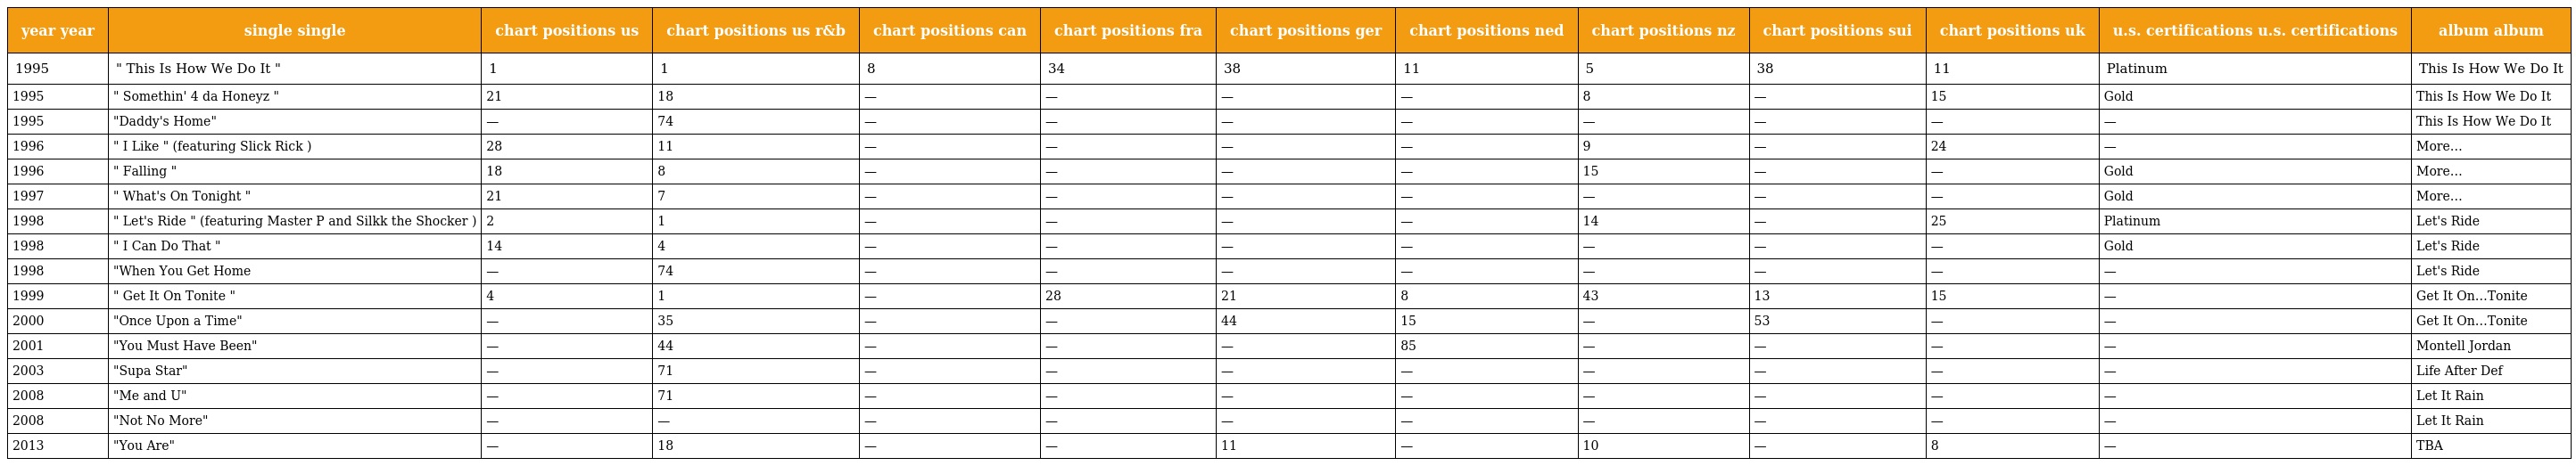
| year year | single single | chart positions us | chart positions us r&b | chart positions can | chart positions fra | chart positions ger | chart positions ned | chart positions nz | chart positions sui | chart positions uk | u.s. certifications u.s. certifications | album album |
 | --- | --- | --- | --- | --- | --- | --- | --- | --- | --- | --- | --- | --- |
 | 1995 | " This Is How We Do It " | 1 | 1 | 8 | 34 | 38 | 11 | 5 | 38 | 11 | Platinum | This Is How We Do It |
 | 1995 | " Somethin' 4 da Honeyz " | 21 | 18 | — | — | — | — | 8 | — | 15 | Gold | This Is How We Do It |
 | 1995 | "Daddy's Home" | — | 74 | — | — | — | — | — | — | — | — | This Is How We Do It |
 | 1996 | " I Like " (featuring Slick Rick ) | 28 | 11 | — | — | — | — | 9 | — | 24 | — | More… |
 | 1996 | " Falling " | 18 | 8 | — | — | — | — | 15 | — | — | Gold | More… |
 | 1997 | " What's On Tonight " | 21 | 7 | — | — | — | — | — | — | — | Gold | More… |
 | 1998 | " Let's Ride " (featuring Master P and Silkk the Shocker ) | 2 | 1 | — | — | — | — | 14 | — | 25 | Platinum | Let's Ride |
 | 1998 | " I Can Do That " | 14 | 4 | — | — | — | — | — | — | — | Gold | Let's Ride |
 | 1998 | "When You Get Home | — | 74 | — | — | — | — | — | — | — | — | Let's Ride |
 | 1999 | " Get It On Tonite " | 4 | 1 | — | 28 | 21 | 8 | 43 | 13 | 15 | — | Get It On…Tonite |
 | 2000 | "Once Upon a Time" | — | 35 | — | — | 44 | 15 | — | 53 | — | — | Get It On…Tonite |
 | 2001 | "You Must Have Been" | — | 44 | — | — | — | 85 | — | — | — | — | Montell Jordan |
 | 2003 | "Supa Star" | — | 71 | — | — | — | — | — | — | — | — | Life After Def |
 | 2008 | "Me and U" | — | 71 | — | — | — | — | — | — | — | — | Let It Rain |
 | 2008 | "Not No More" | — | — | — | — | — | — | — | — | — | — | Let It Rain |
 | 2013 | "You Are" | — | 18 | — | — | 11 | — | 10 | — | 8 | — | TBA |